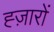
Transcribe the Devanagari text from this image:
ह्ज़ारों